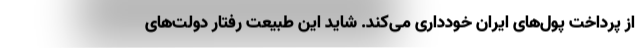
از پرداخت پول‌های ایران خودداری می‌کند. شاید این طبیعت رفتار دولت‌های